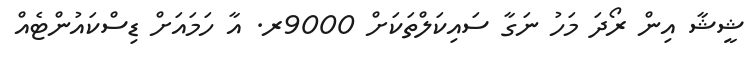
ޝީޝާ އިން ރޯދަ މަހު ނަގާ ސައިކަލްތަކަށް 9000ރ. އާ ހަމައަށް ޑިސްކައުންޓެއް